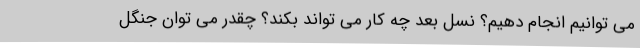
می توانیم انجام دهیم؟ نسل بعد چه کار می تواند بکند؟ چقدر می توان جنگل